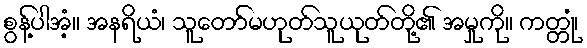
စွန့်ပါအံ့။ အနရိယံ၊ သူတော်မဟုတ်သူယုတ်တို့၏ အမှုကို။ ကတ္တုံ၊